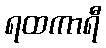
ရထကာရီ